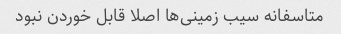
متاسفانه سیب زمینی‌ها اصلا قابل خوردن نبود